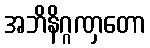
အဘိနိဂ္ဂဏှတော